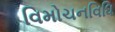
વિમોચનવિધિ